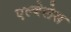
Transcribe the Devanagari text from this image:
एल्बेलेस